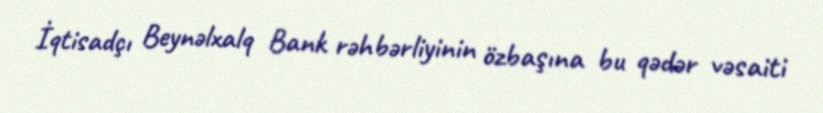
İqtisadçı Beynəlxalq Bank rəhbərliyinin özbaşına bu qədər vəsaiti